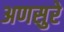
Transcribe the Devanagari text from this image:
अणसुरे